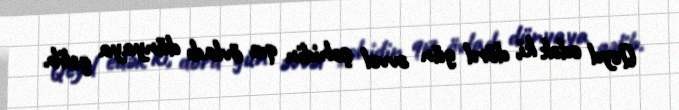
Qeyd edək ki, dörd gün əvvəl şəhidin qız övladı dünyaya gəlib.